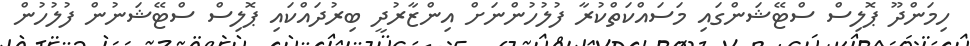
ހިމަންދޫ ޕޮލިސް ސްޓޭޝަންގައި މަސައްކަތްކުރާ ފުލުހުންނަށް އިންޒާރުދީ ބިރުދައްކައި ޕޮލިސް ސްޓޭޝަނުން ފުލުހުން